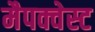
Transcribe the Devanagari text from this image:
मैपक्वेस्ट